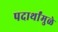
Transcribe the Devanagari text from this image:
पदार्थांमुळे